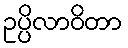
ဥပ္ပိလာဝိတာ